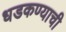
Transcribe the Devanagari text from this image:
धडकण्याची